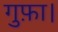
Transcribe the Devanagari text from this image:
गुफ़ा।